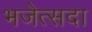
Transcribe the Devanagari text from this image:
भजेत्सदा